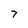
Character: 7